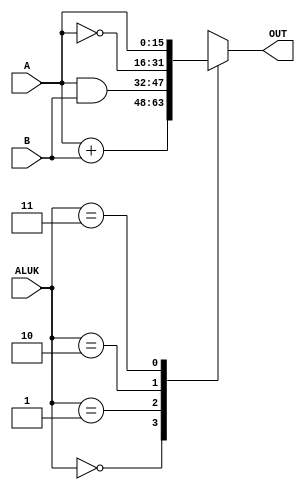
module ALU(input [1:0] ALUK,
           input [15:0] A,
           input [15:0] B,
           output reg [15:0] OUT = 16'h0000);

    always@(*)
        begin
            case (ALUK)
            2'b00:   // ADD
                OUT = A + B;
            2'b01:   // AND
                OUT = A & B;
            2'b10:   // NOT
                OUT = ~A;
            2'b11: // PASSA
                OUT = A;
            endcase
        end
endmodule

module ADDRMUX_ADDER(input [15:0] ADDR1MUX_OUT,
                     input [15:0] ADDR2MUX_OUT,
                     output [15:0] OUT);
    assign OUT = ADDR1MUX_OUT + ADDR2MUX_OUT;
endmodule

module PC_INCREMENT(input [15:0] PC_OUT,
                    output [15:0] PC_OUT_INC);
    assign PC_OUT_INC = PC_OUT + 1;
endmodule